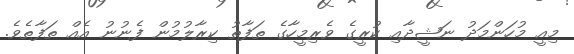
މިއީ މުހަންމަދު ނަޝީދާއި ކުރީގެ ވެރިމީހާގެ ތަފާތު ކިރާލުމުން ފެނުނު އެއް ތަފާތެވެ.